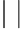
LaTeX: |\ |